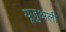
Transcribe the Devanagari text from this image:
यूज़ुअली